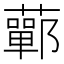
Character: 䕤